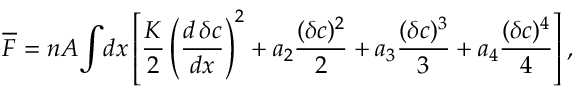
\begin{array} { l } { \displaystyle { \overline { { F } } = n A \! \int \! d x \left[ \frac { K } { 2 } \left( \frac { d \, \delta c } { d x } \right) ^ { 2 } + a _ { 2 } \frac { ( \delta c ) ^ { 2 } } { 2 } + a _ { 3 } \frac { ( \delta c ) ^ { 3 } } { 3 } + a _ { 4 } \frac { ( \delta c ) ^ { 4 } } { 4 } \right] , } } \end{array}